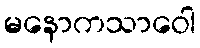
မနောကသာဝေါ